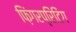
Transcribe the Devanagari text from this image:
फ़िंगरप्रिंटिंग